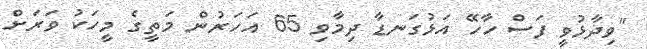
"ވިދާޅުވީ ފަސް ހާހޭ އަޅުގަނޑާ ދިމާވި 65 އަހަރުން މަތީގެ މީހަކު ވަރަށް